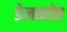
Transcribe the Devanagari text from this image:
डेलानोए